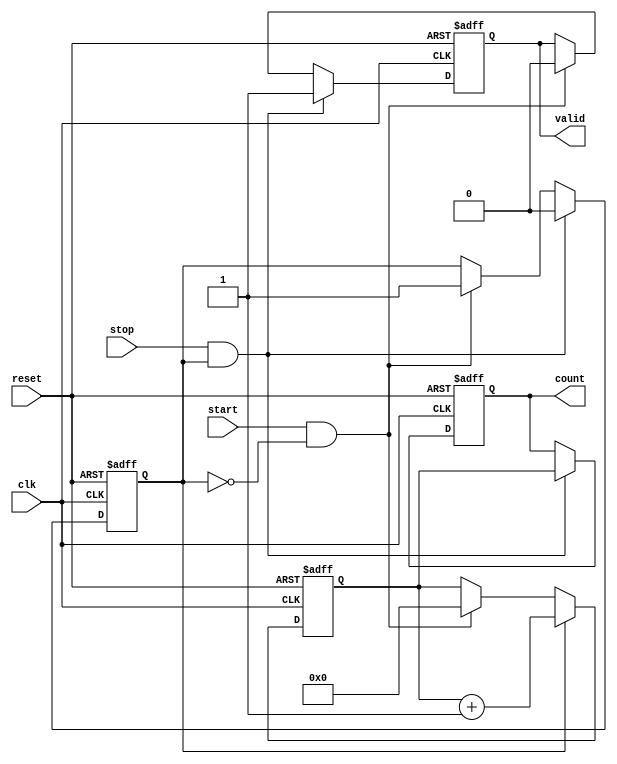
module TDC (
    input wire clk,          // Clock input
    input wire reset,        // Reset signal
    input wire start,        // Start signal
    input wire stop,         // Stop signal
    output reg [N-1:0] count, // Output count value
    output reg valid         // Output valid signal
);
    parameter N = 16;        // Bit-width of the counter

    reg [N-1:0] counter;     // Counter register
    reg counting;            // Counting state

    // Asynchronous reset and counter logic
    always @(posedge clk or posedge reset) begin
        if (reset) begin
            counter <= 0;    // Reset counter
            count <= 0;      // Reset output count
            valid <= 0;      // Reset valid signal
            counting <= 0;    // Reset counting state
        end else begin
            if (start && !counting) begin
                counting <= 1; // Start counting
                counter <= 0;   // Reset counter at start
                valid <= 0;     // Invalidate output until stop
            end
            
            if (counting) begin
                counter <= counter + 1; // Increment counter
            end
            
            if (stop && counting) begin
                counting <= 0; // Stop counting
                count <= counter; // Capture the count value
                valid <= 1;     // Set valid signal
            end
        end
    end
endmodule